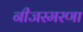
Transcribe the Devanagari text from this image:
नीजस्मरणा